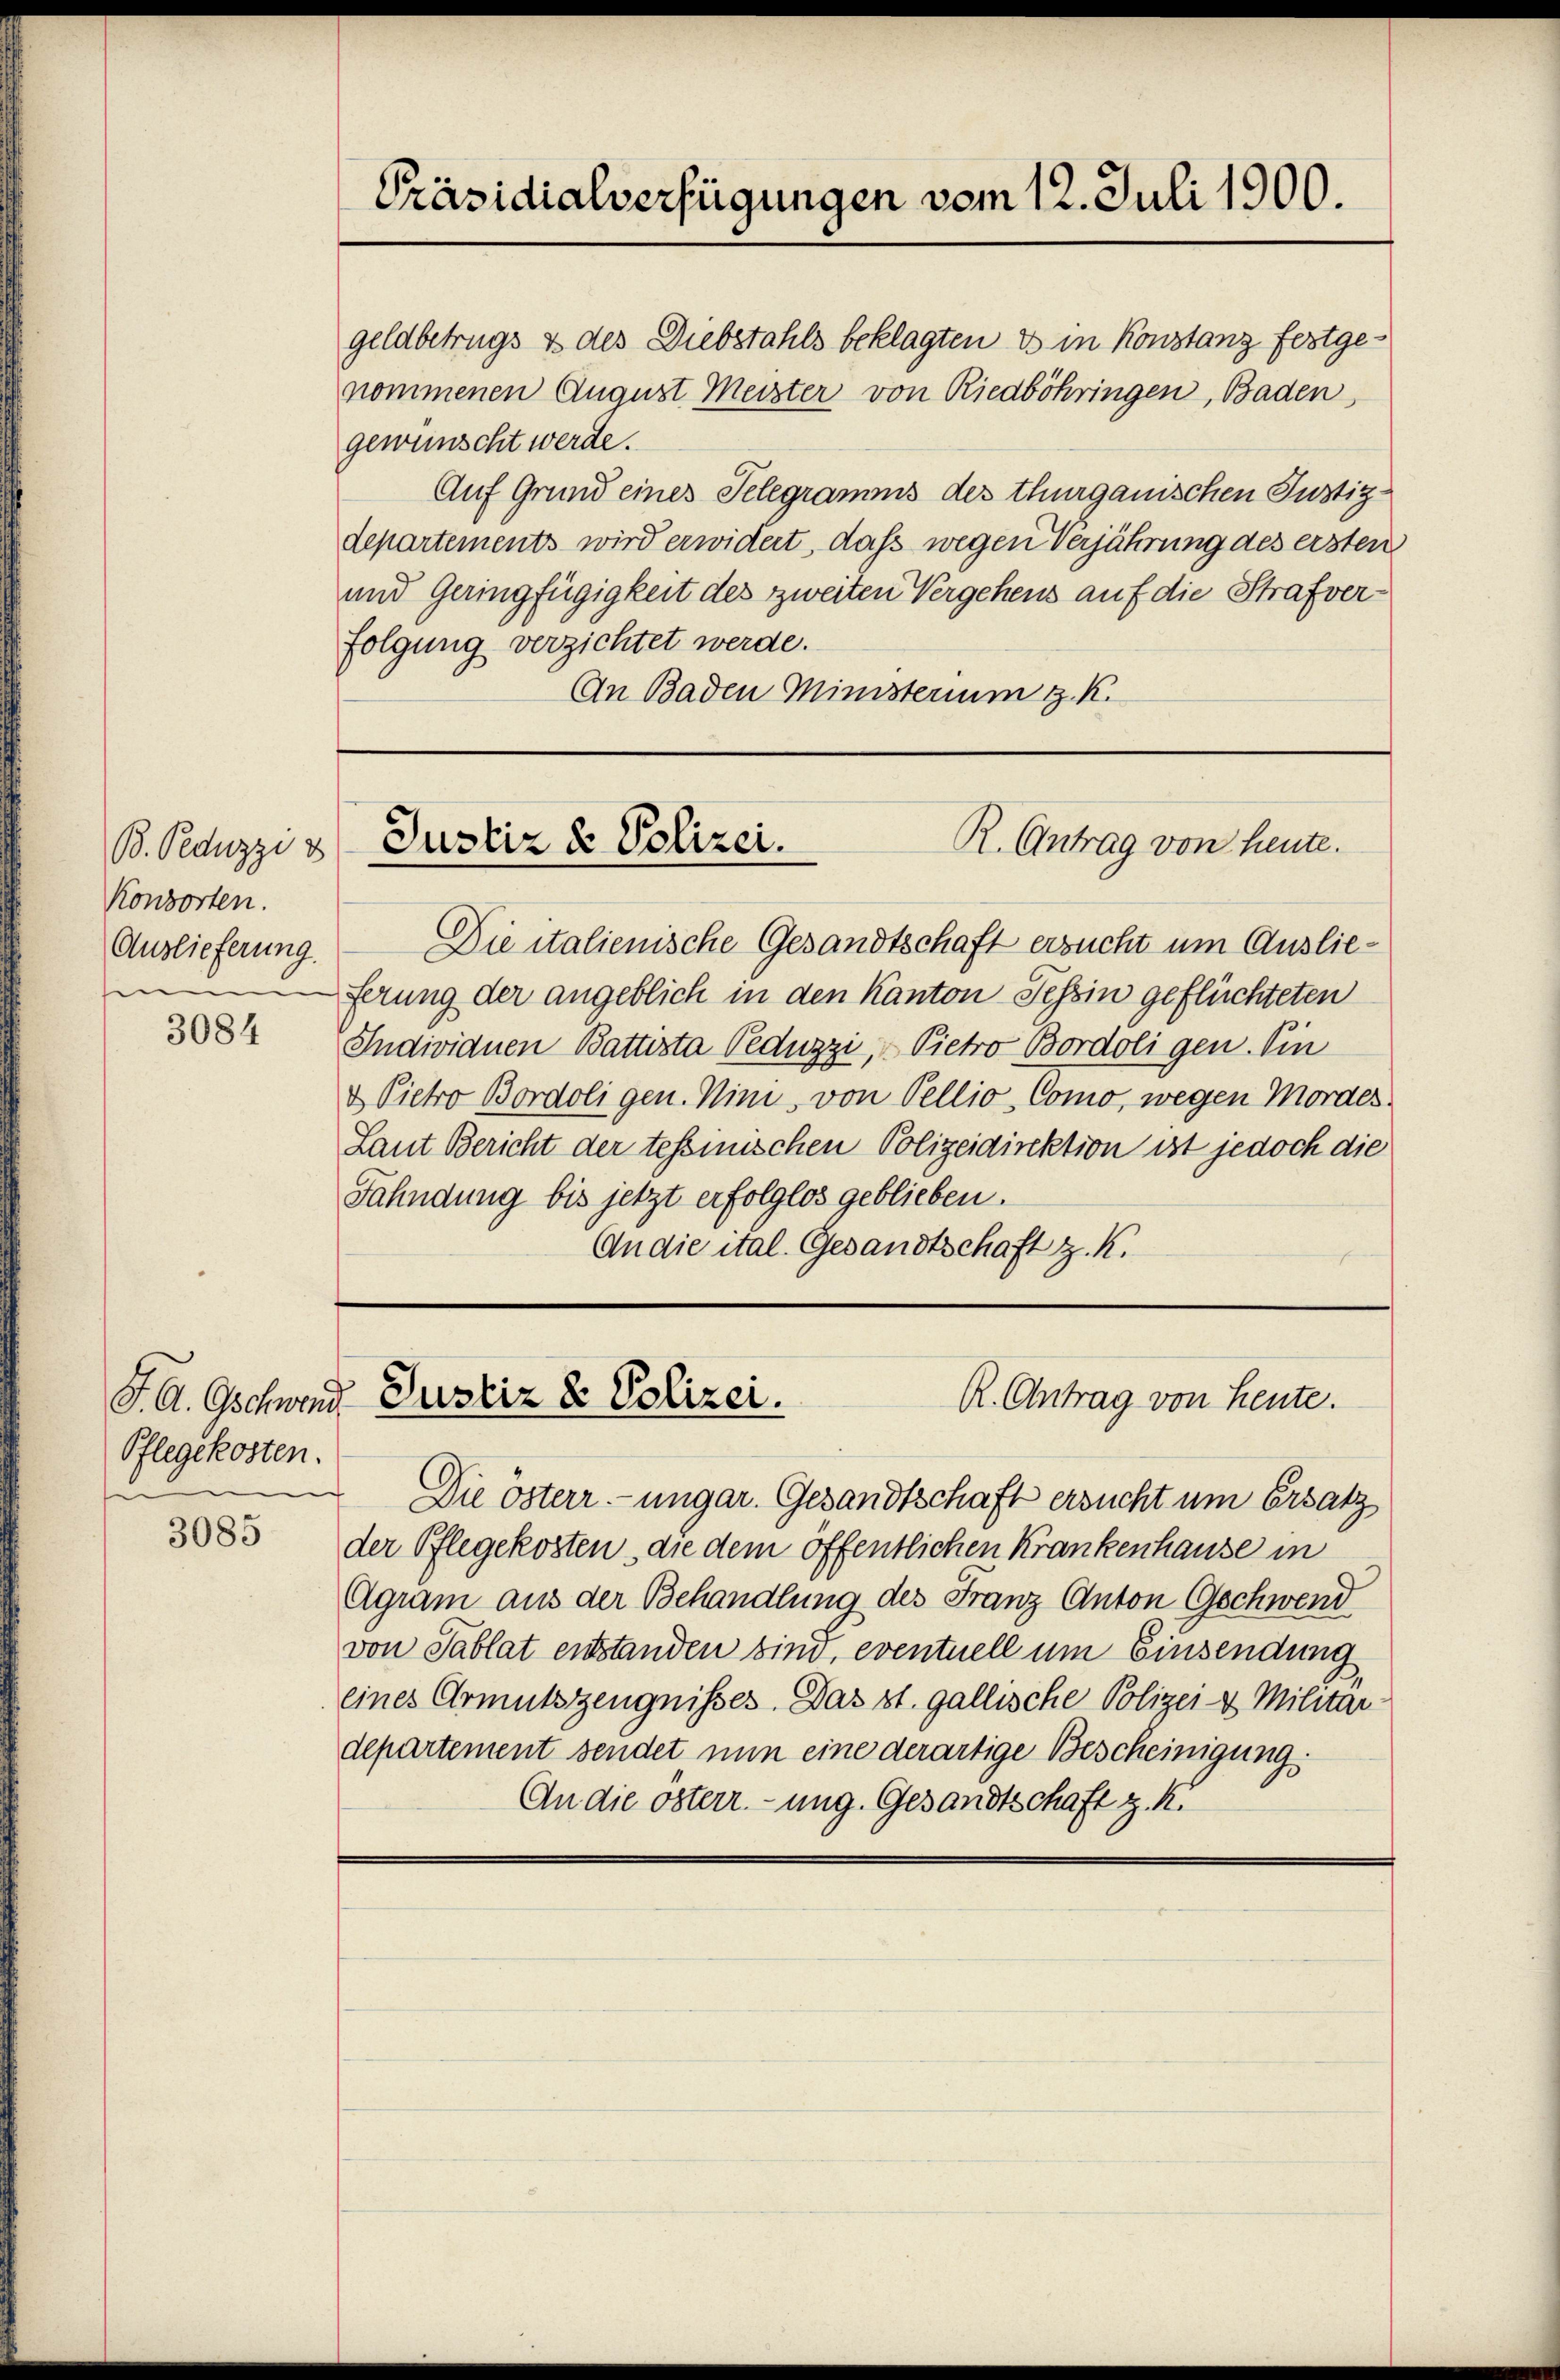
Konsorten.
Auslieferung.
e |

3084

Pflegekosten.
i
e

3085

geldbetrugs & des Diebstahls beklagten & in Konstanz festgenommenen August Meister von Riedböhringen, Baden
gewünscht werde.
Auf Grund eines Telegramms des thurgauischen Justizdepartements wird erwidert, daß wegen Verjährung des ersten
und Geringfügigkeit des zweiten Vergehens auf die Strafverfolgung verzichtet werde.
An Baden Ministerium z. K.

Präsidialverfügungen vom 12. Juli 1900.

R. Antrag von heute.
B. Peduzzi v Justiz & Polizei.

Die italienische Gesandtschaft ersucht um Auslieferung der angeblich in den Kanton Tessin geflüchteten
Individuen Battista Peduzzi, " Pietro Bordoligen. Ein
& Pietro Bordoli gen. Nini, von Pellio, Como, wegen Mordes
Laut Bericht der tessinischen Polizeidirektion ist jedoch die
Fahndung bis jetzt erfolglos geblieben.
An die ital. Gesandtschaft z. K.

R. Antrag von Heute.
J. A. Gschwand Justiz & Polizei.

Die österr.-ungar. Gesandtschaft ersucht um Ersatz
der Pflegekosten die dem öffentlichen Krankenhause in
Agram aus der Behandlung des Franz Anton Gschwend
von Tablat entstanden sind, eventuell um Einsendung
eines Armutszeugnisses. Das st. gallische Polizei & Militar-
departement sendet nun eine derartige Bescheinigung
An die österr. ung. Gesandtschaft z. K.